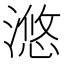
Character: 滺